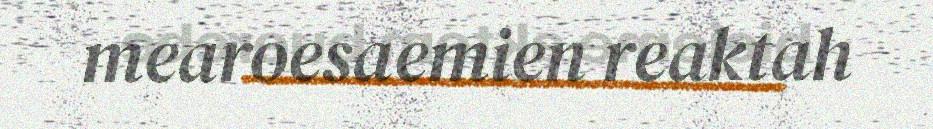
mearoesaemien reaktah